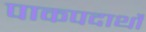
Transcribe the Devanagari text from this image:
पाकपदार्थो